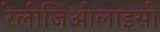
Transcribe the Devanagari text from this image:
रेलीजिओलाइसो